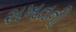
સખતની